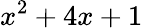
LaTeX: x^{2}+4x+1